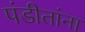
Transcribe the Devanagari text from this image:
पंडीतांना